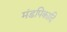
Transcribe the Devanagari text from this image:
मंडपिकादि